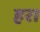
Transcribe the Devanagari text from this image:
हर।